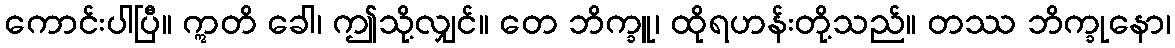
ကောင်းပါပြီ။ ဣတိ ခေါ၊ ဤသို့လျှင်။ တေ ဘိက္ခူ၊ ထိုရဟန်းတို့သည်။ တဿ ဘိက္ခုနော၊